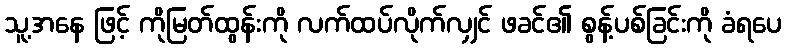
သူ့အနေ ဖြင့် ကိုမြတ်ထွန်းကို လက်ထပ်လိုက်လျှင် ဖခင်၏ စွန့်ပစ်ခြင်းကို ခံရပေ